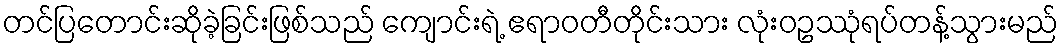
တင်ပြတောင်းဆိုခဲ့ခြင်းဖြစ်သည် ကျောင်းရဲ့ ဧရာဝတီတိုင်းသား လုံးဝဥဿုံရပ်တန့်သွားမည်